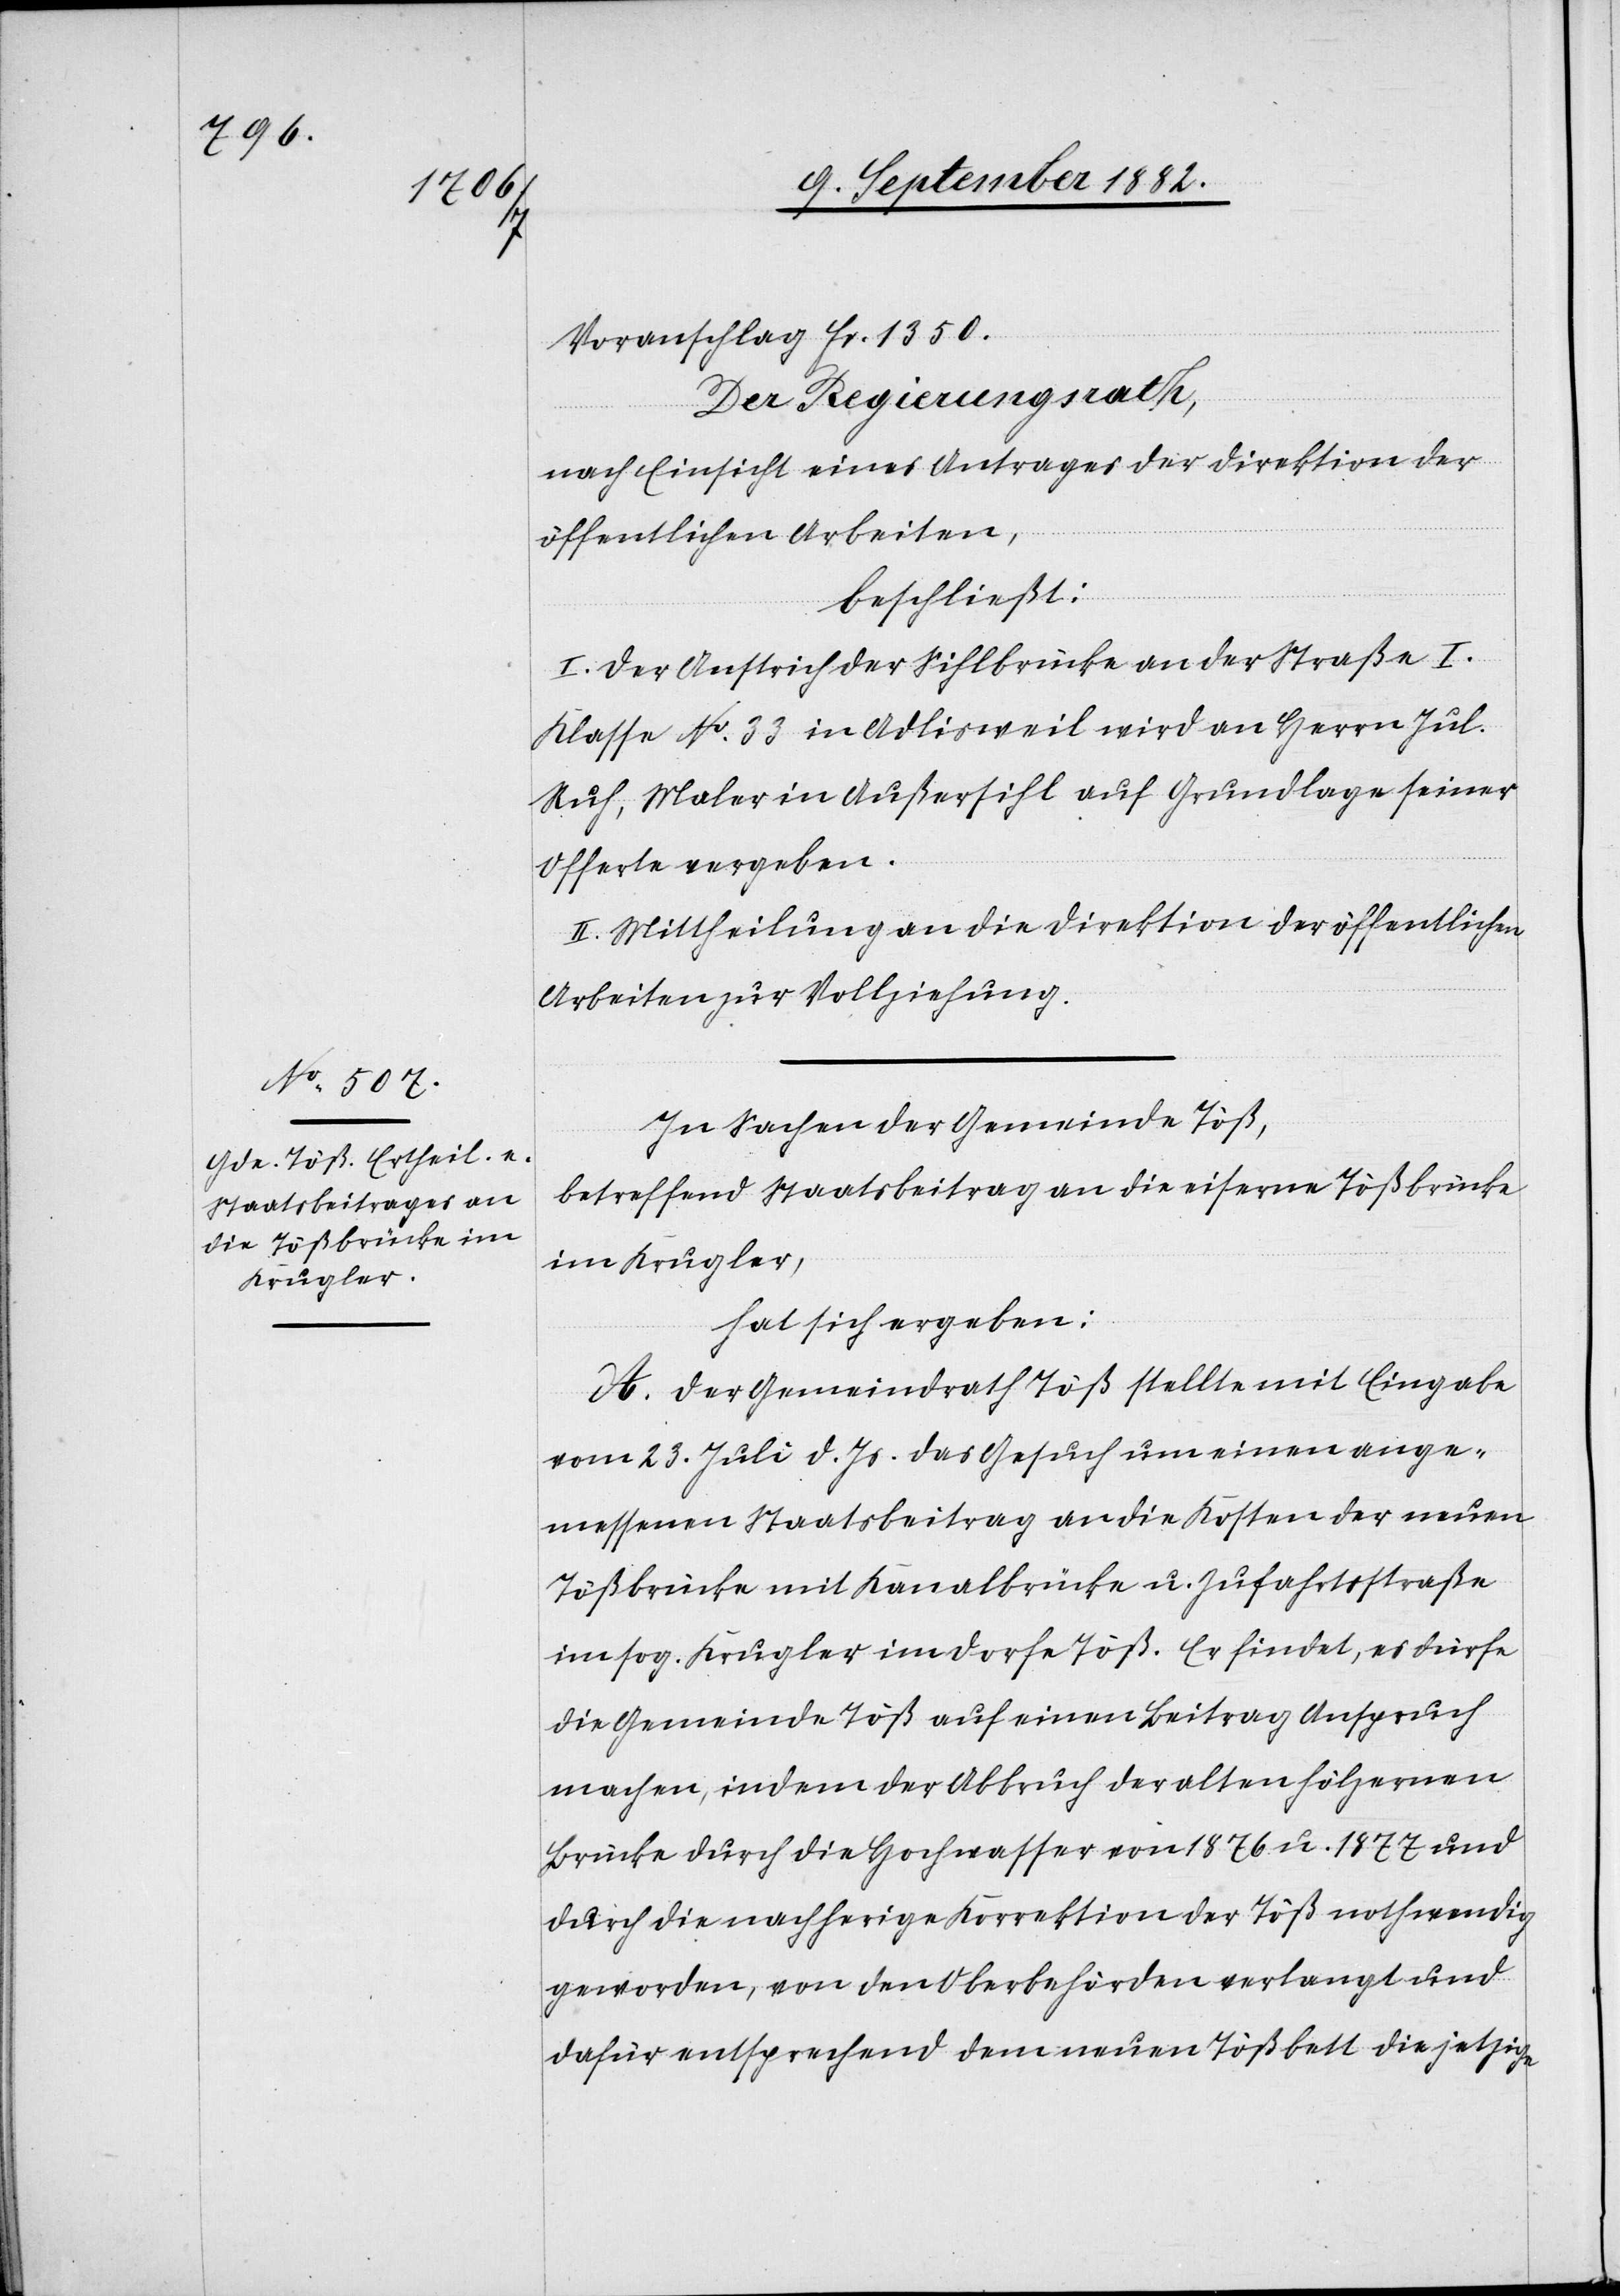
Voranschlag Fr. 1350.
Der Regierungsrath,
nach Einsicht eines Antrages der Direktion der
öffentlichen Arbeiten,
beschließt:
I. Der Anstrich der Sihlbrücke an der Straße I.
Klasse No 33 in Adlisweil wird an Herrn Jul.
Ruh. Maler in Außersihl auf Grundlage seiner
Offerte vergeben.
II. Mittheilung an die Direktion der öffentlichen
Arbeiten zur Vollziehung.
In Sachen der Gemeinde Töß,
betreffend Staatsbeitrag an die eiserne Tößbrücke
im Krugler,
hat sich ergeben:
A. Der Gemeindrath Töß stellte mit Eingabe
vom 23. Juli d. Js. das Gesuch um einen ange¬
messenen Staatsbeitrag an die Kosten der neuen
Tößbrücke mit Kanalbrücke u. Zufahrtsstraße
im sog. Krugler im Dorf Töß. Er findet, es dürfe
die Gemeinde Töß auf einen Beitrag Anspruch
machen, indem der Abbruch der alten hölzernen
Brücke durch die Hochwasser von 1876 u. 1877 und
durch die nachherige Korrektion der Töß nothwendig
geworden, von den Oberbehörden verlangt und
dafür entsprechend dem neuen Tößbett die jetzige